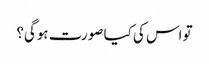
تو اس کی کیا صورت ہوگی؟